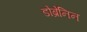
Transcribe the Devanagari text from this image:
डोब्रेनिन